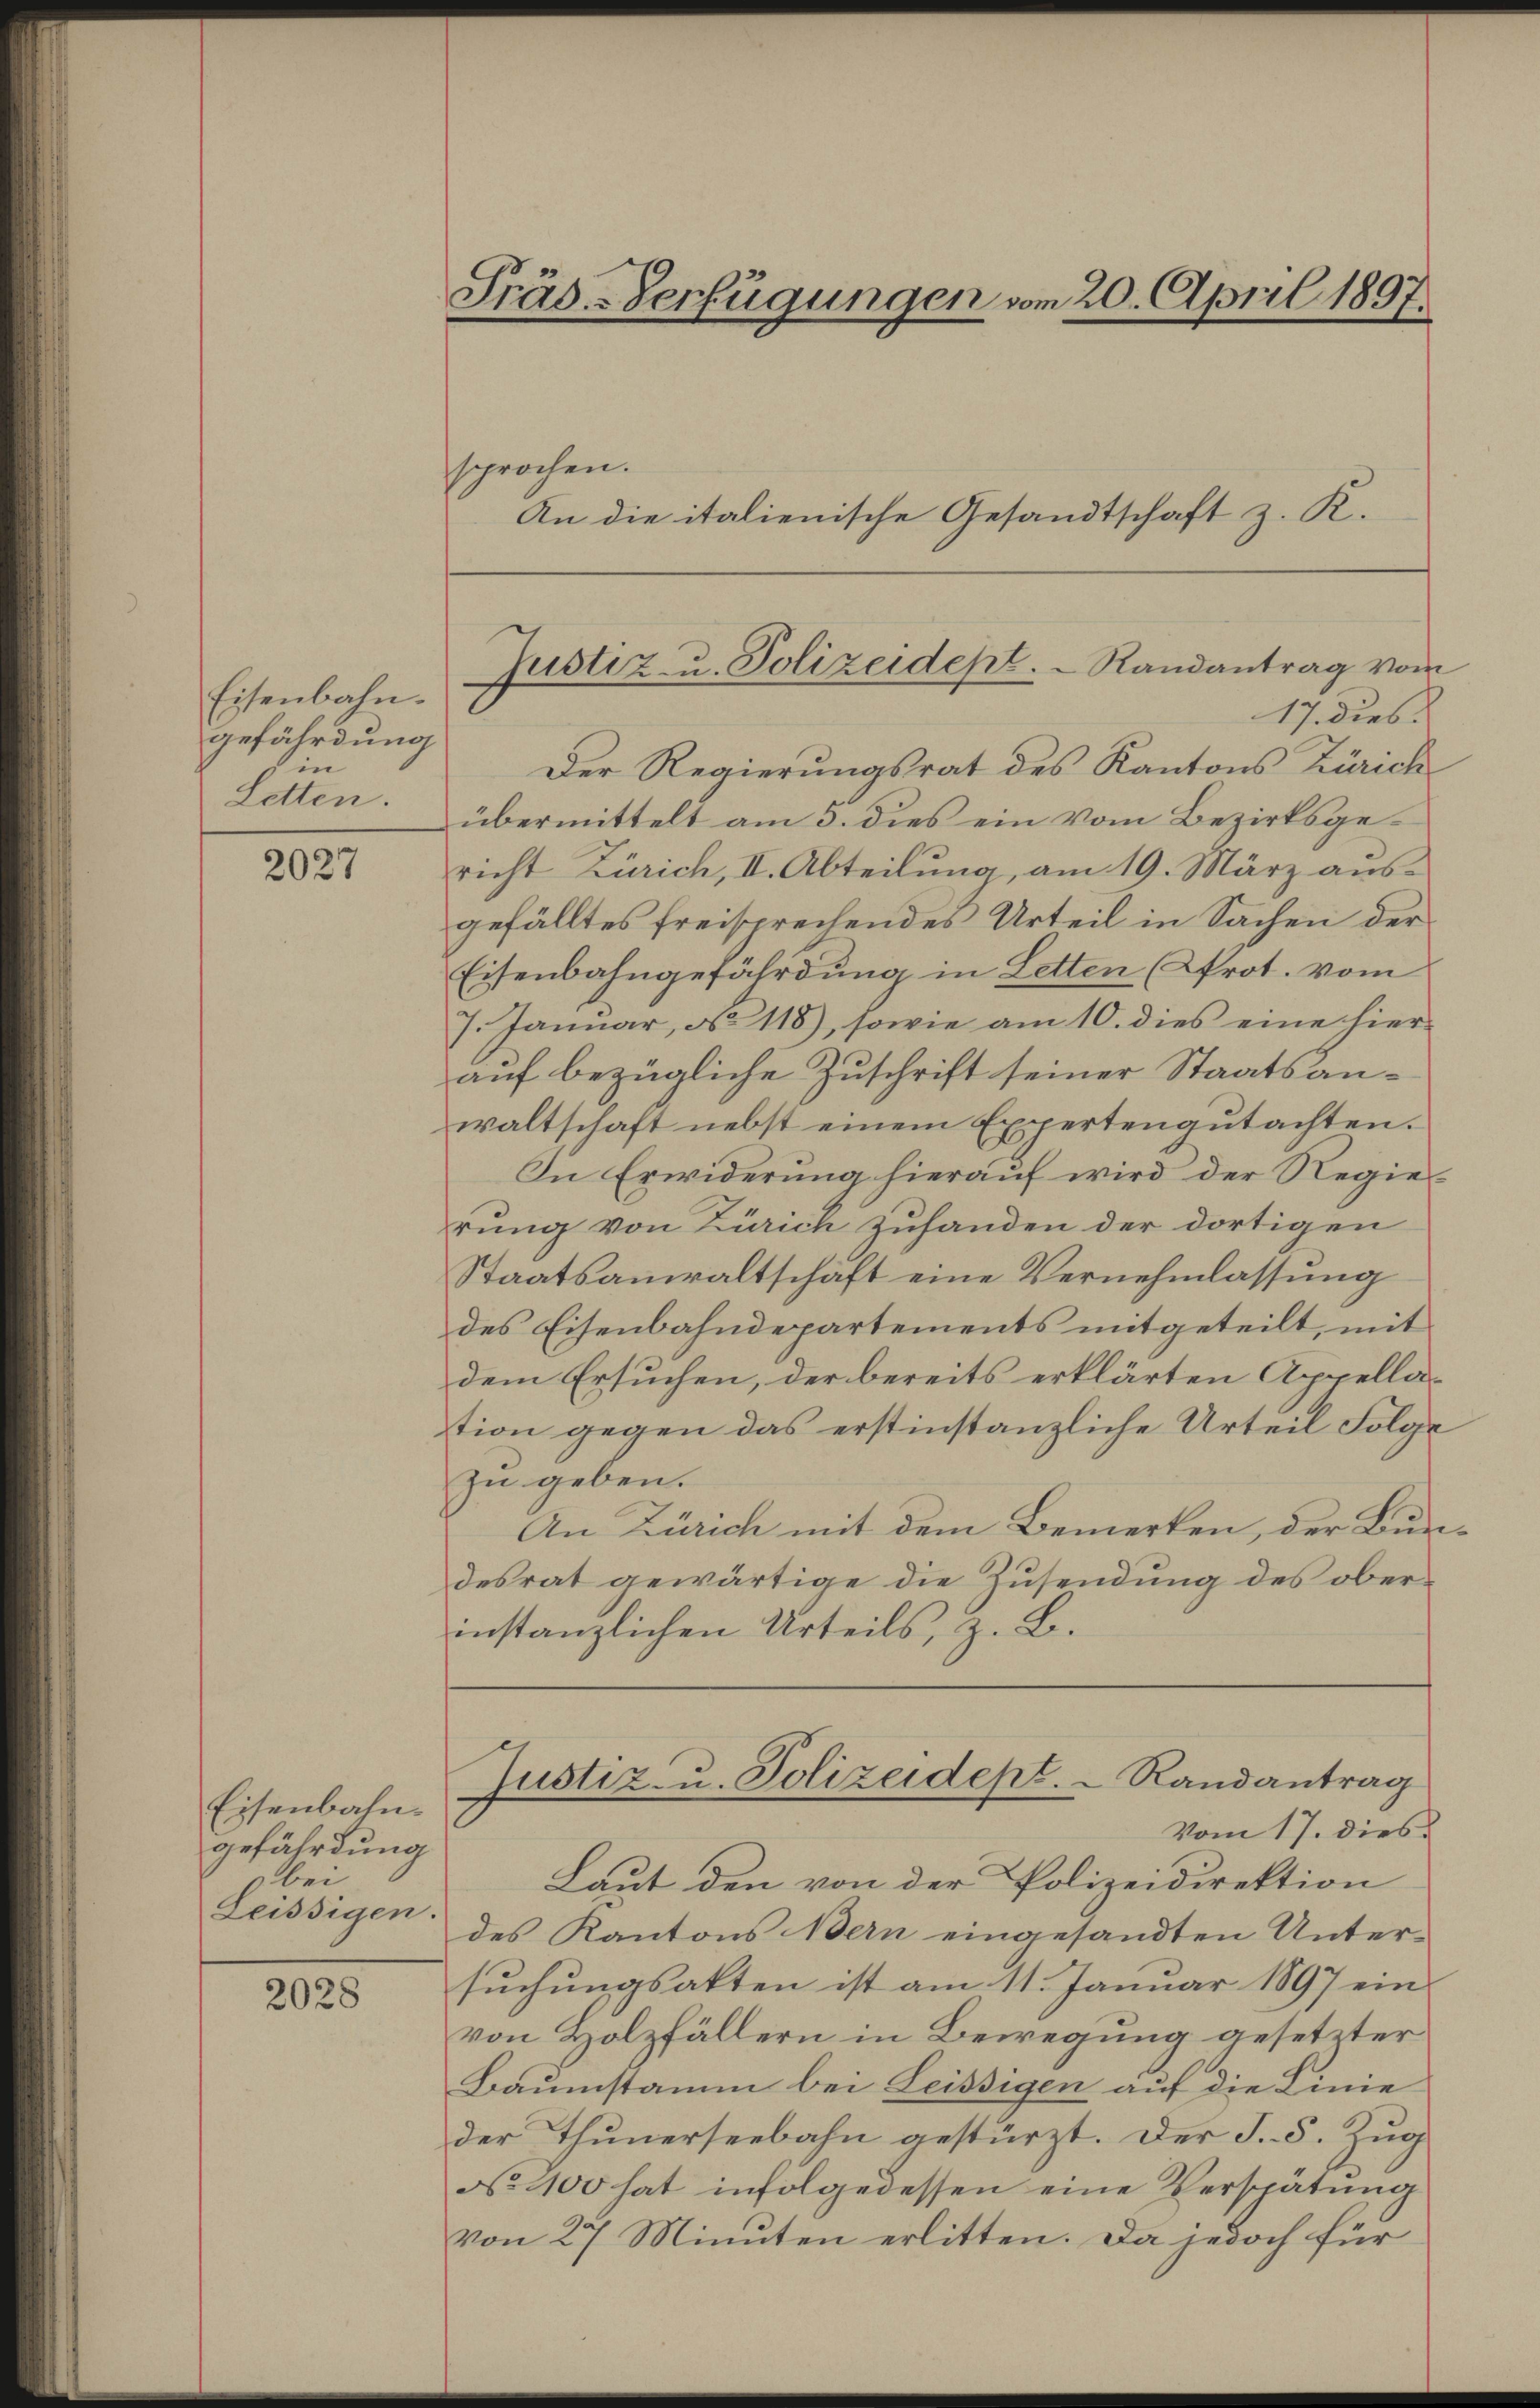
Eisenbahn.
gefährdung
in
Letten.

2027

Eisenbahngefährdung
bei
Leissigen

2028

sprochen.
An die italienische Gesandtschaft z. K.

Der Regierungsrat des Kantons Zürich
übermittelt am 5. dies ein vom Bezirksgericht Zürich, II. Abteilung, am 19. März ausgefälltes freisprechendes Urteil in Sachen der
Eisenbahngefährdung in Letten (Prot. vom
7. Januar, No 118), sowie am 10. dies eine hier-
auf bezügliche Zuschrift seiner Staatsan-
waltschaft nebst einem Expertengutachten.
In Erwiderung hierauf wird der Regierung von Zürich zuhanden der dortigen
Staatsanwaltschaft eine Vernehmlassung
des Eisenbahndepartements mitgeteilt, mit
dem Ersuchen, der bereits erklärten Appellation gegen das erstinstanzliche Urteil Folge
zu geben.
An Zürich mit dem Bemerken, der Bürdesrat gewärtige die Zusendung des oberinstanzlichen Urteils, z. B.

Präs-Verfügungen vom 20. April 1897.

Justiz- u. Polizeidept.   Randantrag vom
17. dies

Laut den von der Polizeidirektion
des Kantons Bern eingesandten Unter-
suchungsakten ist am 11. Januar 1897 ein
von Holzfällern in Bewegung gesetzter
Baumstamm bei Leissigen auf die Linie
der Thunerseebahn gestürzt. Der S. 5. Zug
No 100 hat infolgedessen eine Verspätung
von 27 Minuten erlitten. Da jedoch für

Justiz- u. Polizeidept.  Randantrag
Vom 17. dies